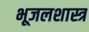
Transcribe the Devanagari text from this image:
भूजलशास्त्र